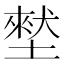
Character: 㙬